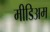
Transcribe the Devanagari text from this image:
मीडिअम